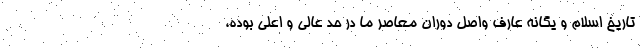
تاریخ اسلام و یگانه عارف واصل دوران معاصر ما در حد عالی و اعلی بوده،